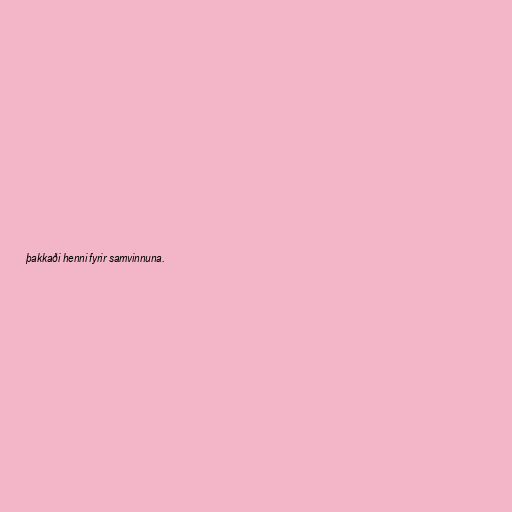
þakkaði henni fyrir samvinnuna.